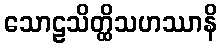
သောဠသိတ္ထိသဟဿာနိ